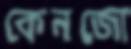
কেনজো